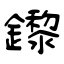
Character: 鑗